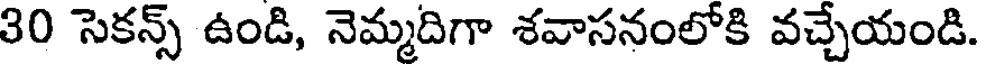
30 సెకన్స్ ఉండి, నెమ్మదిగా శవాసనంలోకి వచ్చేయండి.